Annual report of lunatic asylums [Bombay] - 1912-1922
Year: 1912
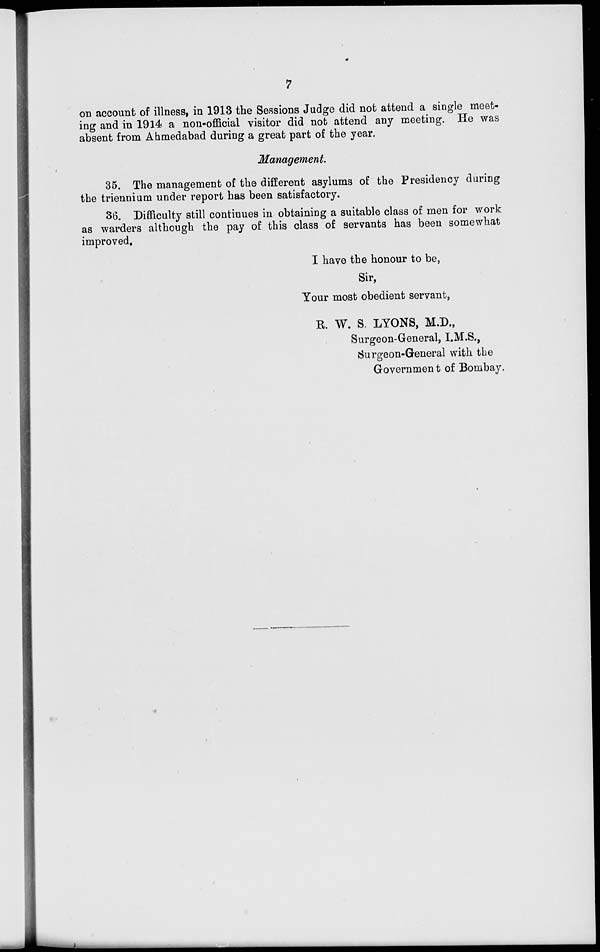
7
on account of illness, in 1913 the Sessions Judge did not attend a single meet-
ing and in 1914 a non-official visitor did not attend any meeting. He was
absent from Ahmedabad during a great part of the year.
Management.
35. The management of the different asylums of the Presidency during
the triennium under report has been satisfactory.
36. Difficulty still continues in obtaining a suitable class of men for work
as warders although the pay of this class of servants has been somewhat
improved.
I have the honour to be,
Sir,
Your most obedient servant,
R.W. S. LYONS, M.D.,
Surgeon-General, I.M.S.,
Surgeon-General with the
Government of Bombay.